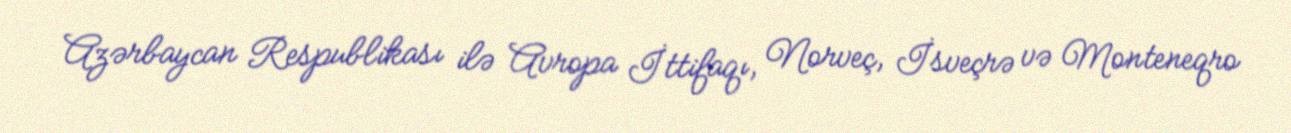
Azərbaycan Respublikası ilə Avropa İttifaqı, Norveç, İsveçrə və Monteneqro